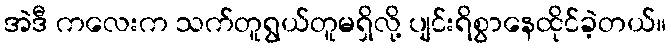
အဲဒီ ကလေးက သက်တူရွယ်တူမရှိလို့ ပျင်းရိစွာနေထိုင်ခဲ့တယ်။